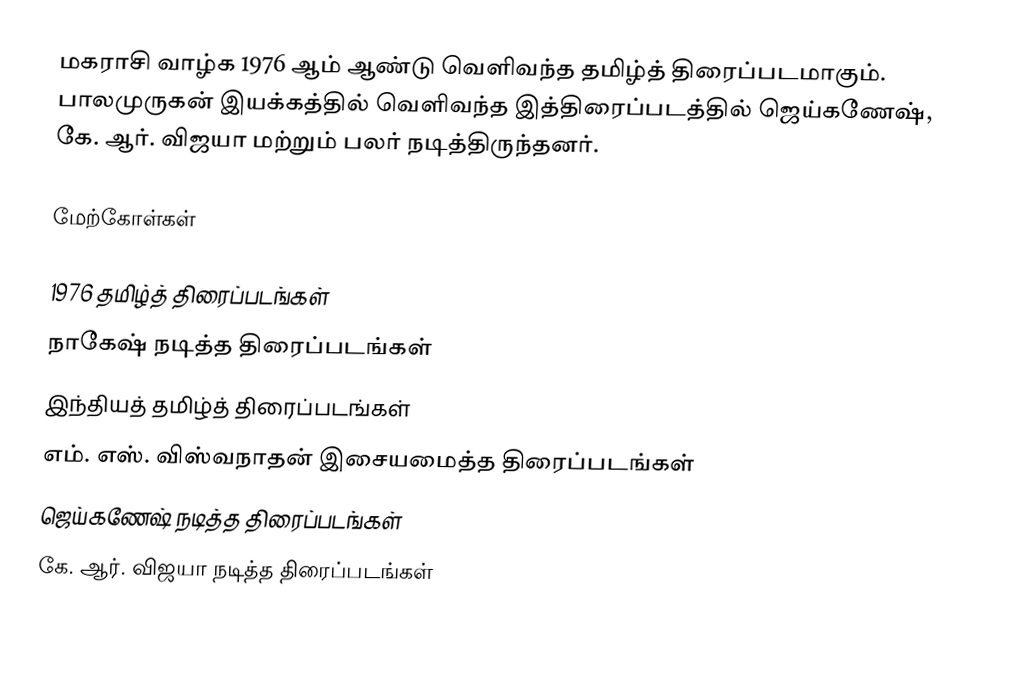
மகராசி வாழ்க 1976 ஆம் ஆண்டு வெளிவந்த தமிழ்த் திரைப்படமாகும். பாலமுருகன் இயக்கத்தில் வெளிவந்த இத்திரைப்படத்தில் ஜெய்கணேஷ், கே. ஆர். விஜயா மற்றும் பலர் நடித்திருந்தனர்.

மேற்கோள்கள்

1976 தமிழ்த் திரைப்படங்கள்
நாகேஷ் நடித்த திரைப்படங்கள்
இந்தியத் தமிழ்த் திரைப்படங்கள்
எம். எஸ். விஸ்வநாதன் இசையமைத்த திரைப்படங்கள்
ஜெய்கணேஷ் நடித்த திரைப்படங்கள்
கே. ஆர். விஜயா நடித்த திரைப்படங்கள்